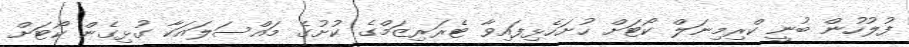
ފުލުހުން ބުނީ ކްރިމިނަލް ކޯޓަށް ހުށަހެޅިފައިވާ ޓެރަރިޒަމްގެ ކުށުގެ މައްސަލައަކާ ގުޅިގެން ކޯޓަށް